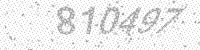
Solution: 810497